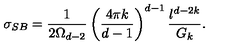
\sigma _ { S B } = \frac { 1 } { 2 \Omega _ { d - 2 } } \left( \frac { 4 \pi k } { d - 1 } \right) ^ { d - 1 } \frac { l ^ { d - 2 k } } { G _ { k } } .